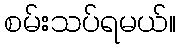
စမ်းသပ်ရမယ်။